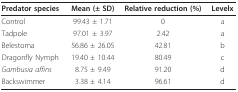
| Predator species | Mean (± SD) | Relative reduction (%) | Levelx |
 | --- | --- | --- | --- |
 | Control | 99.43 ± 1.71 | 0 | a |
 | Tadpole | 97.01 ± 3.97 | 2.42 | a |
 | Belestoma | 56.86 ± 26.05 | 42.81 | b |
 | Dragonfly Nymph | 19.40 ± 10.44 | 80.49 | c |
 | Gambusia affins | 8.75 ± 9.49 | 91.20 | d |
 | Backswimmer | 3.38 ± 4.14 | 96.61 | d |